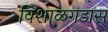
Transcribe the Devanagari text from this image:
विशाळगडास